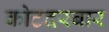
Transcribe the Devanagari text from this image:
कोटदरबार